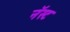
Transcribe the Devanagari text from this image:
नॅस्ट